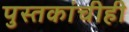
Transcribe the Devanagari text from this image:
पुस्तकांचीही